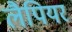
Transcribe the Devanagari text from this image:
लैपियर